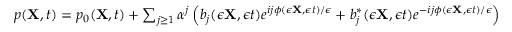
\begin{array} { r } { p ( { \mathbf { X } } , t ) = p _ { 0 } ( { \mathbf { X } } , t ) + \sum _ { j \geq 1 } \alpha ^ { j } \left( b _ { j } ( \epsilon { \mathbf { X } } , \epsilon t ) e ^ { i j \phi ( \epsilon { \mathbf { X } } , \epsilon t ) / \epsilon } + b _ { j } ^ { * } ( \epsilon { \mathbf { X } } , \epsilon t ) e ^ { - i j \phi ( \epsilon { \mathbf { X } } , \epsilon t ) / \epsilon } \right) \, . } \end{array}